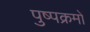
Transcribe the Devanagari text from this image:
पुष्पक्रमों